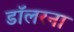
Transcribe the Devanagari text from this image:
डॉलरना